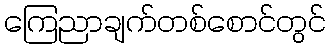
ကြေညာချက်တစ်စောင်တွင်